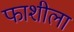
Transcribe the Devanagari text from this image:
फाशीला